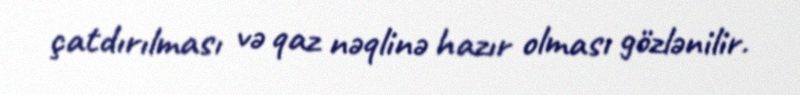
çatdırılması və qaz nəqlinə hazır olması gözlənilir.